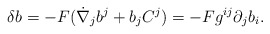
\begin{align*}\delta b=-F(\dot{\nabla}_jb^j+b_jC^j)=-Fg^{ij}\partial_jb_i.\end{align*}